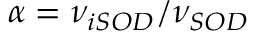
\alpha = \nu _ { i S O D } / \nu _ { S O D }